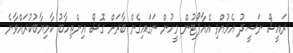
ރައީސް ނަޝީދު އެޅުއްވި އެއާޕޯޓުން މީހުން ނަގައިގެން ބާރަށް ގޮސް އިންތިހާބު ކާމިޔާބުކުރައްވާނެ